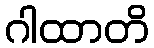
ဂါထာတိ